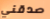
صدقني